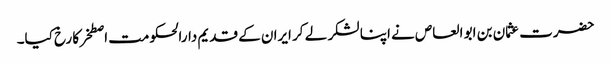
حضرت عثمان بن ابو العاص نے اپنا لشکر لے کر ایران کے قدیم دارالحکومت اصطخر کا رخ کیا۔